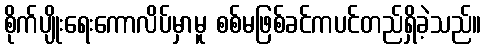
စိုက်ပျိုးရေးကောလိပ်မှာမူ စစ်မဖြစ်ခင်ကပင်တည်ရှိခဲ့သည်။